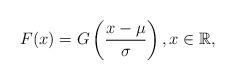
LaTeX: \begin{align*} F(x) = G\left( \frac{ x - \mu }{\sigma} \right), x \in \mathbb{R},\end{align*}